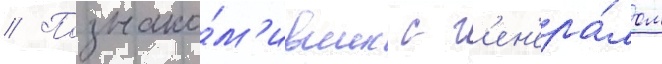
// Познако́м'ившись с г'ен'ера́лом